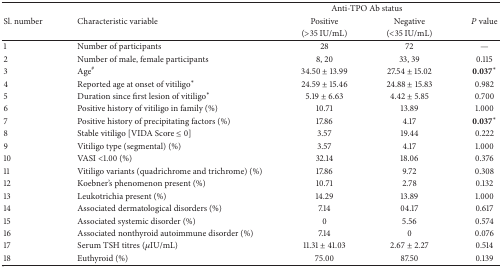
|  |  | <COLSPAN=2> Anti-TPO Ab status |  |
 | Sl. number | Characteristic variable | Positive | Negative | P value |
 |  |  | (>35 IU/mL) | (<35 IU/mL) |  |
 | --- | --- | --- | --- | --- |
 | 1 | Number of participants | 28 | 72 | — |
 | 2 | Number of male, female participants | 8, 20 | 33, 39 | 0.115 |
 | 3 | Age# | 34.50 ± 13.99 | 27.54 ± 15.02 | 0.037* |
 | 4 | Reported age at onset of vitiligo* | 24.59 ± 15.46 | 24.88 ± 15.83 | 0.982 |
 | 5 | Duration since first lesion of vitiligo* | 5.19 ± 6.63 | 4.42 ± 5.85 | 0.700 |
 | 6 | Positive history of vitiligo in family (%) | 10.71 | 13.89 | 1.000 |
 | 7 | Positive history of precipitating factors (%) | 17.86 | 4.17 | 0.037* |
 | 8 | Stable vitiligo [VIDA Score ≤ 0] | 3.57 | 19.44 | 0.222 |
 | 9 | Vitiligo type (segmental) (%) | 3.57 | 4.17 | 1.000 |
 | 10 | VASI <1.00 (%) | 32.14 | 18.06 | 0.376 |
 | 11 | Vitiligo variants (quadrichrome and trichrome) (%) | 17.86 | 9.72 | 0.308 |
 | 12 | Koebner's phenomenon present (%) | 10.71 | 2.78 | 0.132 |
 | 13 | Leukotrichia present (%) | 14.29 | 13.89 | 1.000 |
 | 14 | Associated dermatological disorders (%) | 7.14 | 04.17 | 0.617 |
 | 15 | Associated systemic disorder (%) | 0 | 5.56 | 0.574 |
 | 16 | Associated nonthyroid autoimmune disorder (%) | 7.14 | 0 | 0.076 |
 | 17 | Serum TSH titres (μIU/mL) | 11.31 ± 41.03 | 2.67 ± 2.27 | 0.514 |
 | 18 | Euthyroid (%) | 75.00 | 87.50 | 0.139 |